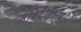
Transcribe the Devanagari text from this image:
संविदासक्षम